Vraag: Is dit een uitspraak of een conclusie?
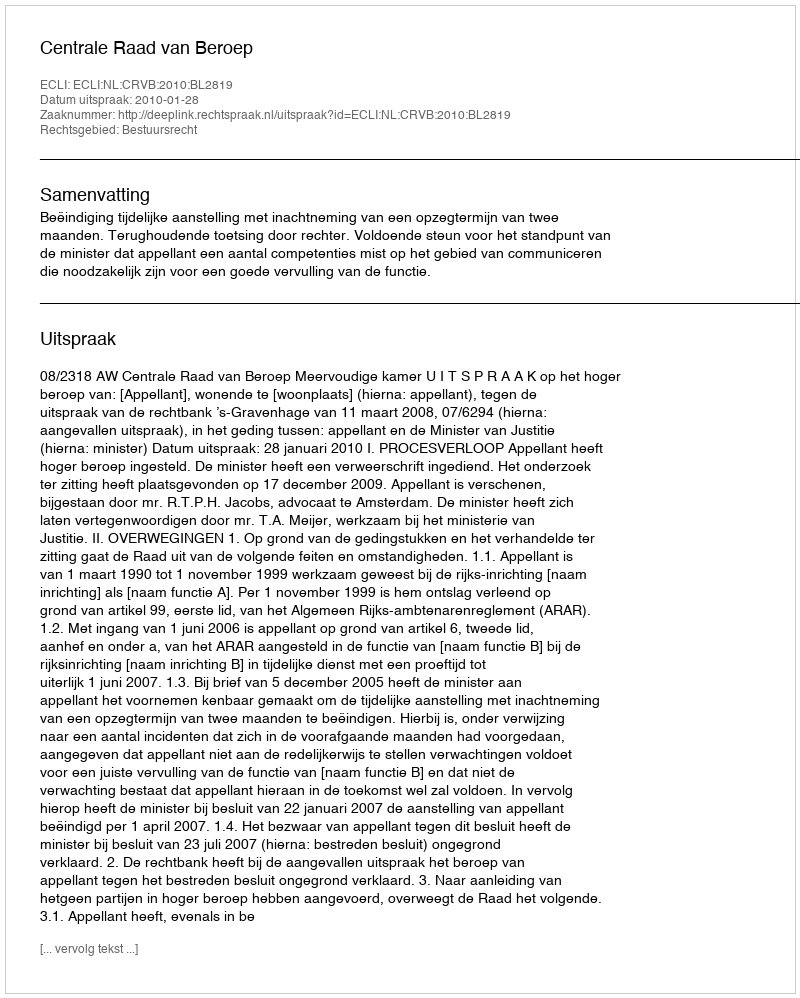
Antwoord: Uitspraak